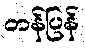
တန်ပြန်